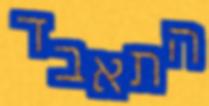
התאבד